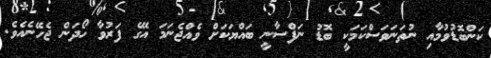
ކަންބޮޑުވުމާއި ނުތަނަވަސްކަމަކީ ބޮޑު ނަފްސާނީ ބައްޔަކަށް ވެއްޖެނަމަ އޭގެ ފަރުވާ ހޯދަން ޖެހޭނެއެވެ.